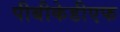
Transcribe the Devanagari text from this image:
पीबीकेडीएफ